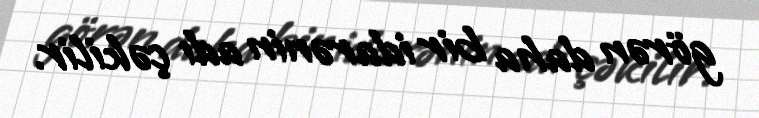
görən daha bir idarənin adı çəkilir.